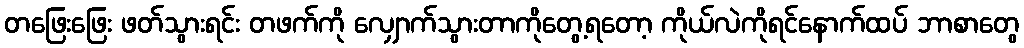
တဖြေးဖြေး ဖတ်သွားရင်း တဖက်ကို လျှောက်သွားတာကိုတွေ့ရတော့ ကိုယ်လဲကိုရင်နောက်ထပ် ဘာစာတွေ